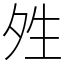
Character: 夝